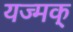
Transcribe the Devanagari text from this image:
यज्मक्